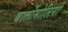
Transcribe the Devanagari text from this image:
बार्तोमोलियो